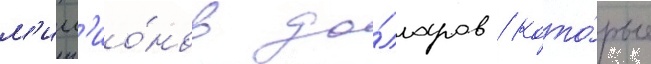
м'илл'ио́нов до́лларов / кото́рые